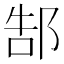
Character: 郜